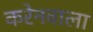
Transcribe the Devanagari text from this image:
करेनवाला